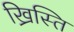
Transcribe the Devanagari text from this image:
ख्रिस्ति